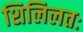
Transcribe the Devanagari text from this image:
शिलिलतः